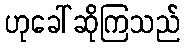
ဟုခေါ်ဆိုကြသည်